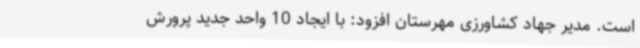
است. مدیر جهاد کشاورزی مهرستان افزود: با ایجاد 10 واحد جدید پرورش